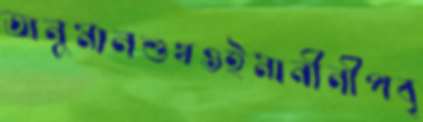
অনুমানশুখওইমানীনীপবৃ